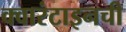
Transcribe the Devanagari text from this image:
क्वारंटाइनची